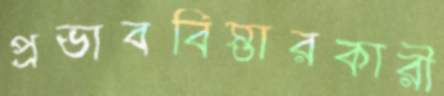
প্রভাববিস্তারকারী